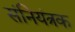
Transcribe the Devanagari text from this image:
संनियंत्रक